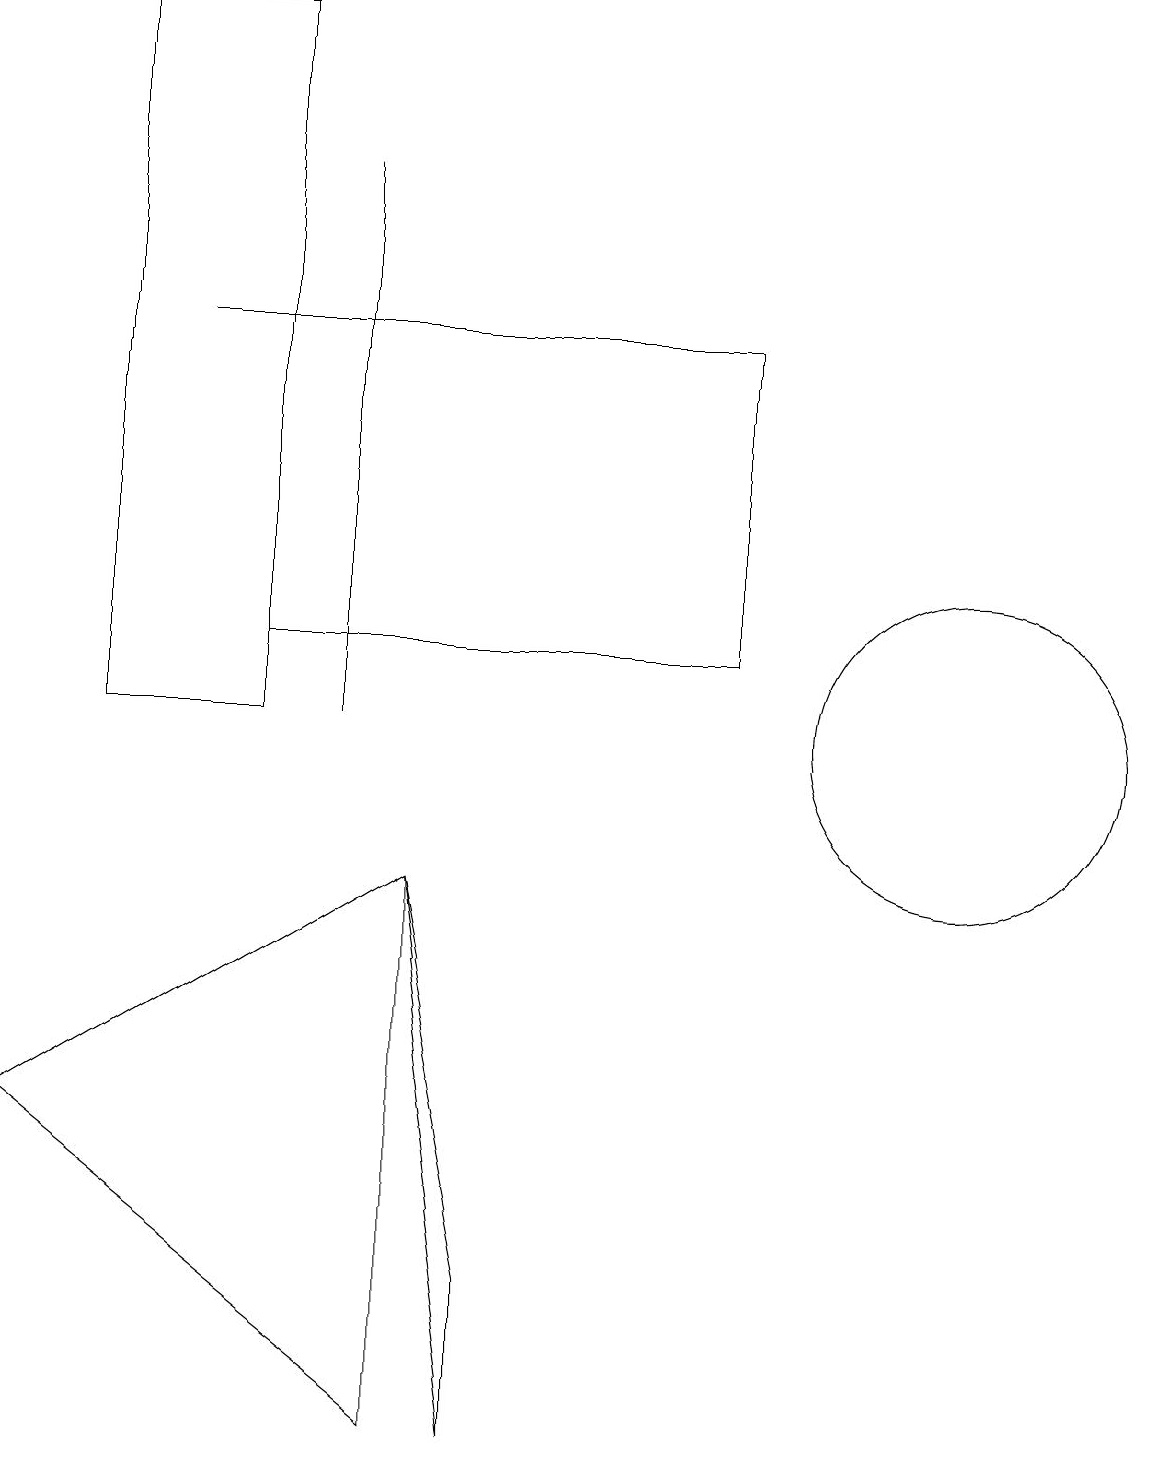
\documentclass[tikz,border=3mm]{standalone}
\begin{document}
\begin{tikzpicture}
\draw (2,15) rectangle (4,15);
\draw (3,11) rectangle (9,15);
\draw (6,3) -- (6,1) -- (5,8) -- cycle;
\draw (12,10) circle (2);
\draw (5,8) -- (0,5) -- (5,1) -- cycle;
\draw (4,17) rectangle (4,10);
\draw (1,19) rectangle (3,10);
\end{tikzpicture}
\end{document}